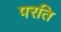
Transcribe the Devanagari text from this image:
परति